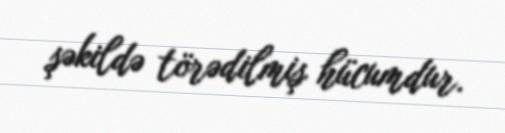
şəkildə törədilmiş hücumdur.